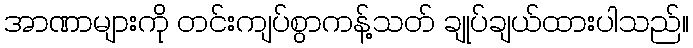
အာဏာများကို တင်းကျပ်စွာကန့်သတ် ချုပ်ချယ်ထားပါသည်။